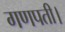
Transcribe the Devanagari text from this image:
गणपती।